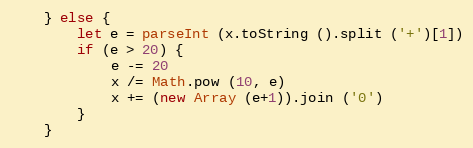
Language: JavaScript
    } else {
        let e = parseInt (x.toString ().split ('+')[1])
        if (e > 20) {
            e -= 20
            x /= Math.pow (10, e)
            x += (new Array (e+1)).join ('0')
        }
    }